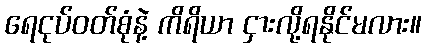
ရေငုပ်ဝတ်စုံနဲ့ ကိရိယာ ငှားလို့ရနိုင်မလား။